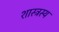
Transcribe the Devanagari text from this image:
शास्त्रस्य